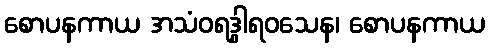
စောပနကာယ အသံဝရဒွါရဝသေန၊ စောပနကာယ